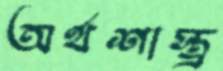
অর্থশাস্ত্র